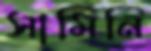
সামিনি